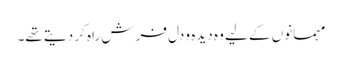
مہمانوں کے لیے وہ دیدہ و دل فرش راہ کر دیتے تھے۔